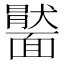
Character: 𩉂